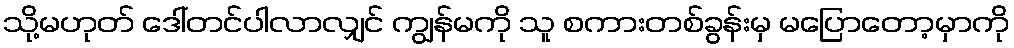
သို့မဟုတ် ဒေါ်တင်ပါလာလျှင် ကျွန်မကို သူ စကားတစ်ခွန်းမှ မပြောတော့မှာကို